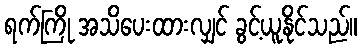
ရက်ကြို အသိပေးထားလျှင် ခွင့်ယူနိုင်သည်။